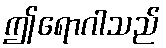
ဤရောဂါသည်